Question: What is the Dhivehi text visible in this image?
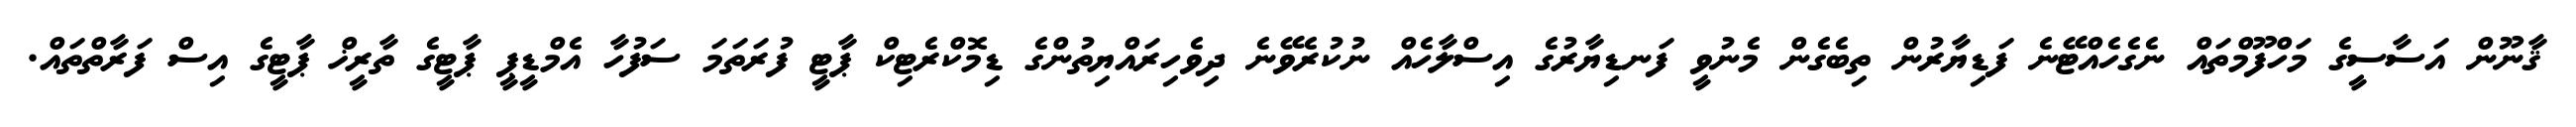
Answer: ޤާނޫން އަސާސީގެ މަހްފޫމްތައް ނެގެހެއްޓޭނެ ފަޑިޔާރުން ތިބެގެން މެނުވީ ފަނޑިޔާރުގެ އިސްލާހެއް ނުކުރެވޭނެ ދިވެހިރައްޔިތުންގެ ޑިމޮކްރެޓިކް ޕާޓީ ފުރަތަމަ ސަފުހާ އެމްޑީޕީ ޕާޓީގެ ތާރީޚް ޕާޓީގެ އިސް ފަރާތްތައް.